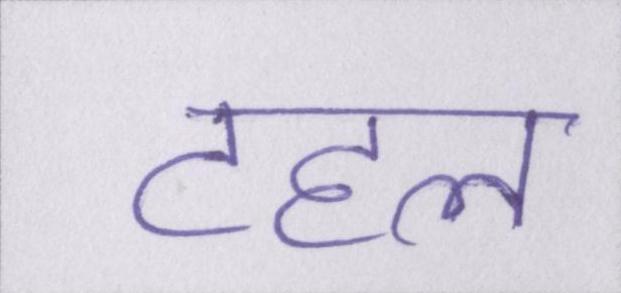
टहल